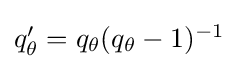
{\textstyle q_{\theta }'=q_{\theta }(q_{\theta }-1)^{-1}}